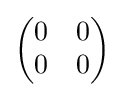
{\begin{pmatrix}0&0\\0&0\\\end{pmatrix}}